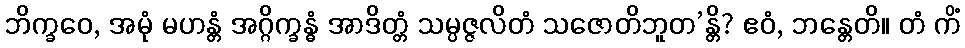
ဘိက္ခဝေ, အမုံ မဟန္တံ အဂ္ဂိက္ခန္ဓံ အာဒိတ္တံ သမ္ပဇ္ဇလိတံ သဇောတိဘူတ’န္တိ? ဧဝံ, ဘန္တေတိ။ တံ ကိံ